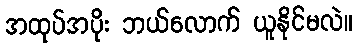
အထုပ်အပိုး ဘယ်လောက် ယူနိုင်မလဲ။